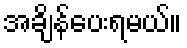
အချိန်ပေးရမယ်။